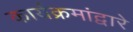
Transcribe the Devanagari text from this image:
कार्यक्रमांद्वारे